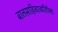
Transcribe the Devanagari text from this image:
बालसाहित्याव्यतिरिक्त